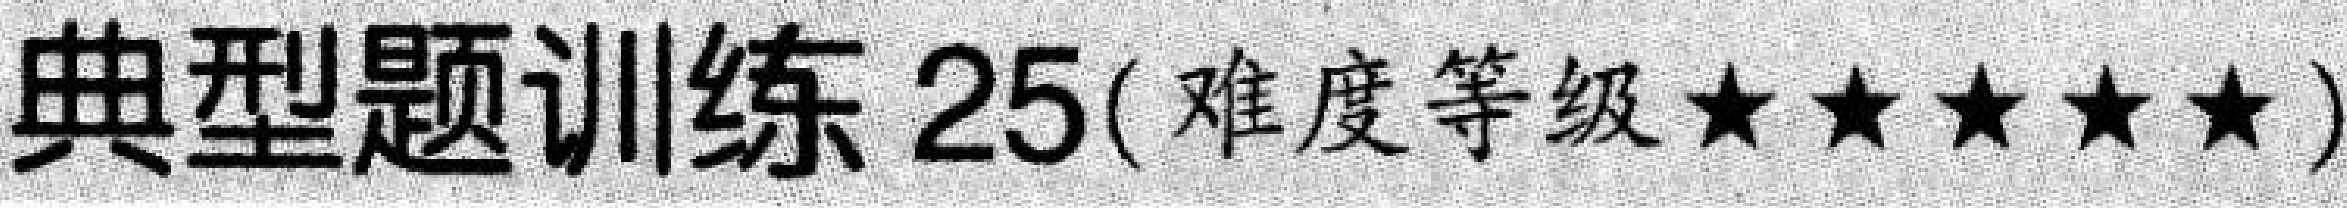
典型题训练 25(难度等级\(\star\star\star\star\star\))